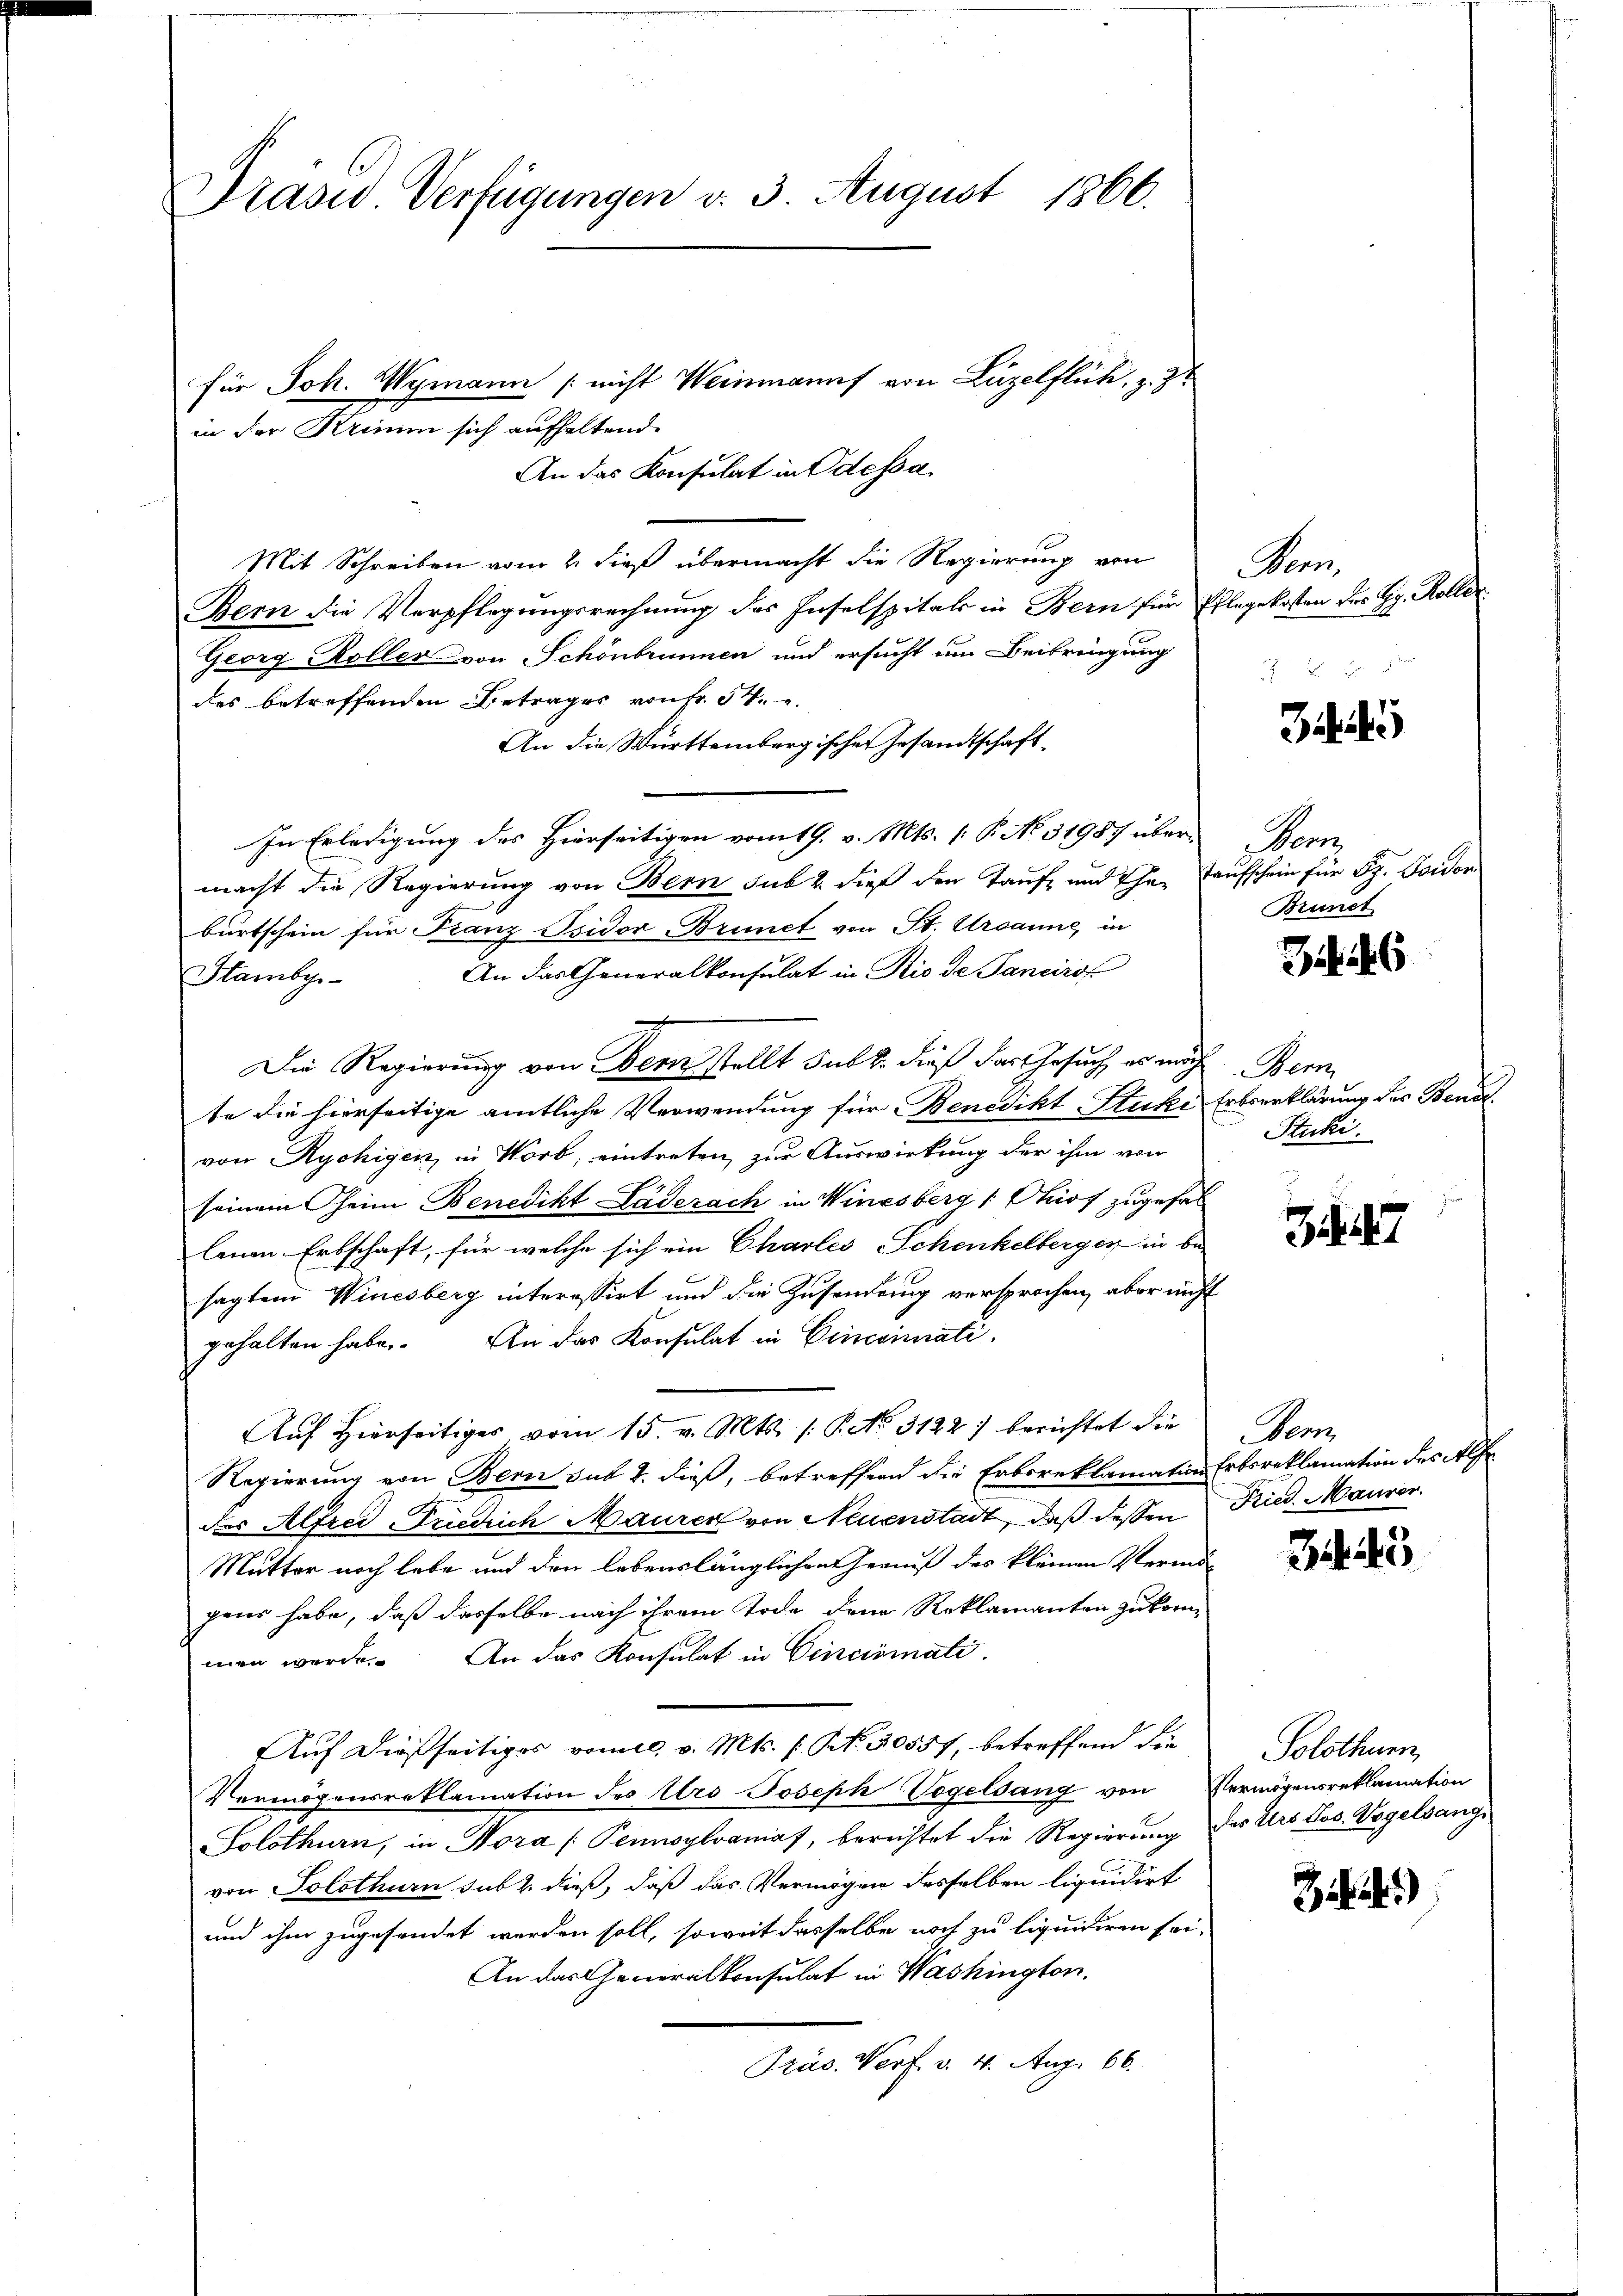
Prasis Verfügungen v. 3. August 1866.

für Joh. Wymann [nicht Weinmanns von Luzelflück, z. Zt
in der Krimum sich aufhaltend.
An das Konsulat in Odessa
Mit Schreiben vom 2. dieß übermacht die Regierung von
Bem die Verpflegungsrechnung des Inselspitals in Bern für Pflegekosten des Gg. Koller
Georg Roller von Schönbrunnen und ersucht um Beibringung
des betreffenden Betrages von Fr. 54.
An die Württembergischen Gesandtschaft¬
In Erledigung des Hierseitigen vom 19. v. Mts. [ P. No. 31987 übermacht die Regierung von Bern sub 2. dieß den Tauf- und Eheburtschein für Franz Isidor Brunct von St. Ursanne, in
An das Generalkonsulat in Rio de Sancirof
Stamby-
Die Regierung von Bernstellt sub 2. dieß das Gesuch es mich Bern
te die hierseitige amtliche Verwendung für Benedikt Stucki, Erbserklärung des Bendvon Rychigen in Worb, eintreten, zur Auswirkung der ihm von
seinem Theim Benedikt Laderach in Winesberg (Chiof zugefallenen Erbschaft, für welche sich ein Charles Schenkelberger in be-
sagtem Winesberg interessirt und die Zusendung versprochen, aber nicht
gehalten habe. An das Konsulat in Cinceimati
Auf Hierseitiges vom 15. v. Mts. /: P. No. 3122 berichtet die
Regierung von Bern sub 2. dieß, betreffend die Erbsreklamation Ertsreklamation der Alfr
der Alfred Friedrich Maurer von Neuenstadt, daß dessen
Mutter noch lebe und den lebenslänglichen Genuß des kleinen Vermögens habe, daß dasselbe nach ihrem Tode dem Reklamanten zukommen werde. An das Konsulat in Cincismate
Auf dießseitiges vom 10. v. Mts. f. No. 50557, betreffend die
Vermögensreklamation des Urs Joseph Vogelsang von Vermögensreklamation
Solothurn, in Nora (Pennsylvanias, berichtet die Regierung des Urs Jos. Vogelsange
von Solothurn sub 2 dieß, daß das Vermögen desselben liquidirt
und ihm zugesendet werden soll, soweit dasselbe noch zu liquidiren sei.
An das Generalkonsulat in Washington.
Präs. Verf. v. 4. Aug. 66.

Mon.

3

Bem
tausschein für St. Gaison
Brunct

36

Stucki.

347

Pen
Fried. Maurer.

3445

Solothurn,

i)